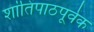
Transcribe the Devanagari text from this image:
शांतिपाठपूर्वक